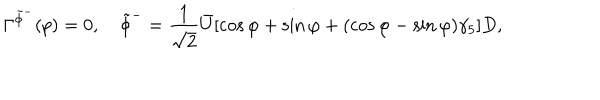
\Gamma ^ { \tilde { \phi } ^ { - } } ( p ) = 0 , \tilde { \phi } ^ { - } = \frac { 1 } { \sqrt { 2 } } \bar { U } [ \cos \varphi + \sin \varphi + ( \cos \varphi - \sin \varphi ) \gamma _ { 5 } ] D ,